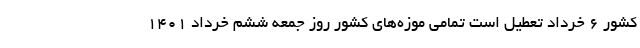
کشور ۶ خرداد تعطیل است تمامی موزه‌های کشور روز جمعه ششم خرداد ۱۴۰۱